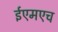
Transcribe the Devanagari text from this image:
ईएमएच